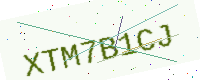
Text: XTM7B1CJ